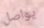
يواصل